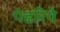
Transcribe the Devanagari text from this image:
पंढरिये